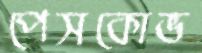
পেসকোভ